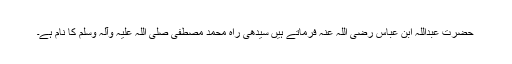
حضرت عبداللہ ابن عباس رضی اللہ عنہ فرماتے ہیں سیدھی راہ محمد مصطفیٰ صلی اللہ علیہ وآلہ وسلم کا نام ہے۔